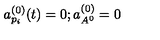
a _ { p _ { i } } ^ { ( 0 ) } ( t ) = 0 ; a _ { A ^ { 0 } } ^ { ( 0 ) } = 0